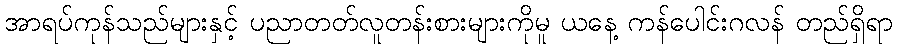
အာရပ်ကုန်သည်များနှင့် ပညာတတ်လူတန်းစားများကိုမူ ယနေ့ ကန်ပေါင်းဂလန် တည်ရှိရာ